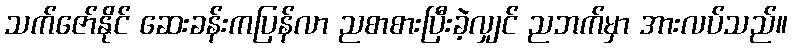
သက်ဇော်နိုင် ဆေးခန်းကပြန်လာ ညစာစားပြီးခဲ့လျှင် ညဘက်မှာ အားလပ်သည်။